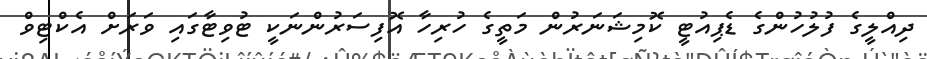
ދިއްލީގެ ފުލުހުންގެ ޑެޕިއުޓީ ކޮމިޝަނަރުން މަތީގެ ހުރިހާ އޮފިސަރުންނަކީ ޓުވިޓާގައި ވަރަށް އެކްޓިވް